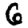
Digit: 6